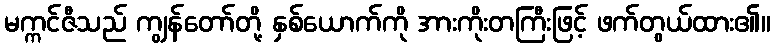
မက္ကင်ဇီသည် ကျွန်တော်တို့ နှစ်ယောက်ကို အားကိုးတကြီးဖြင့် ဖက်တွယ်ထား၏။